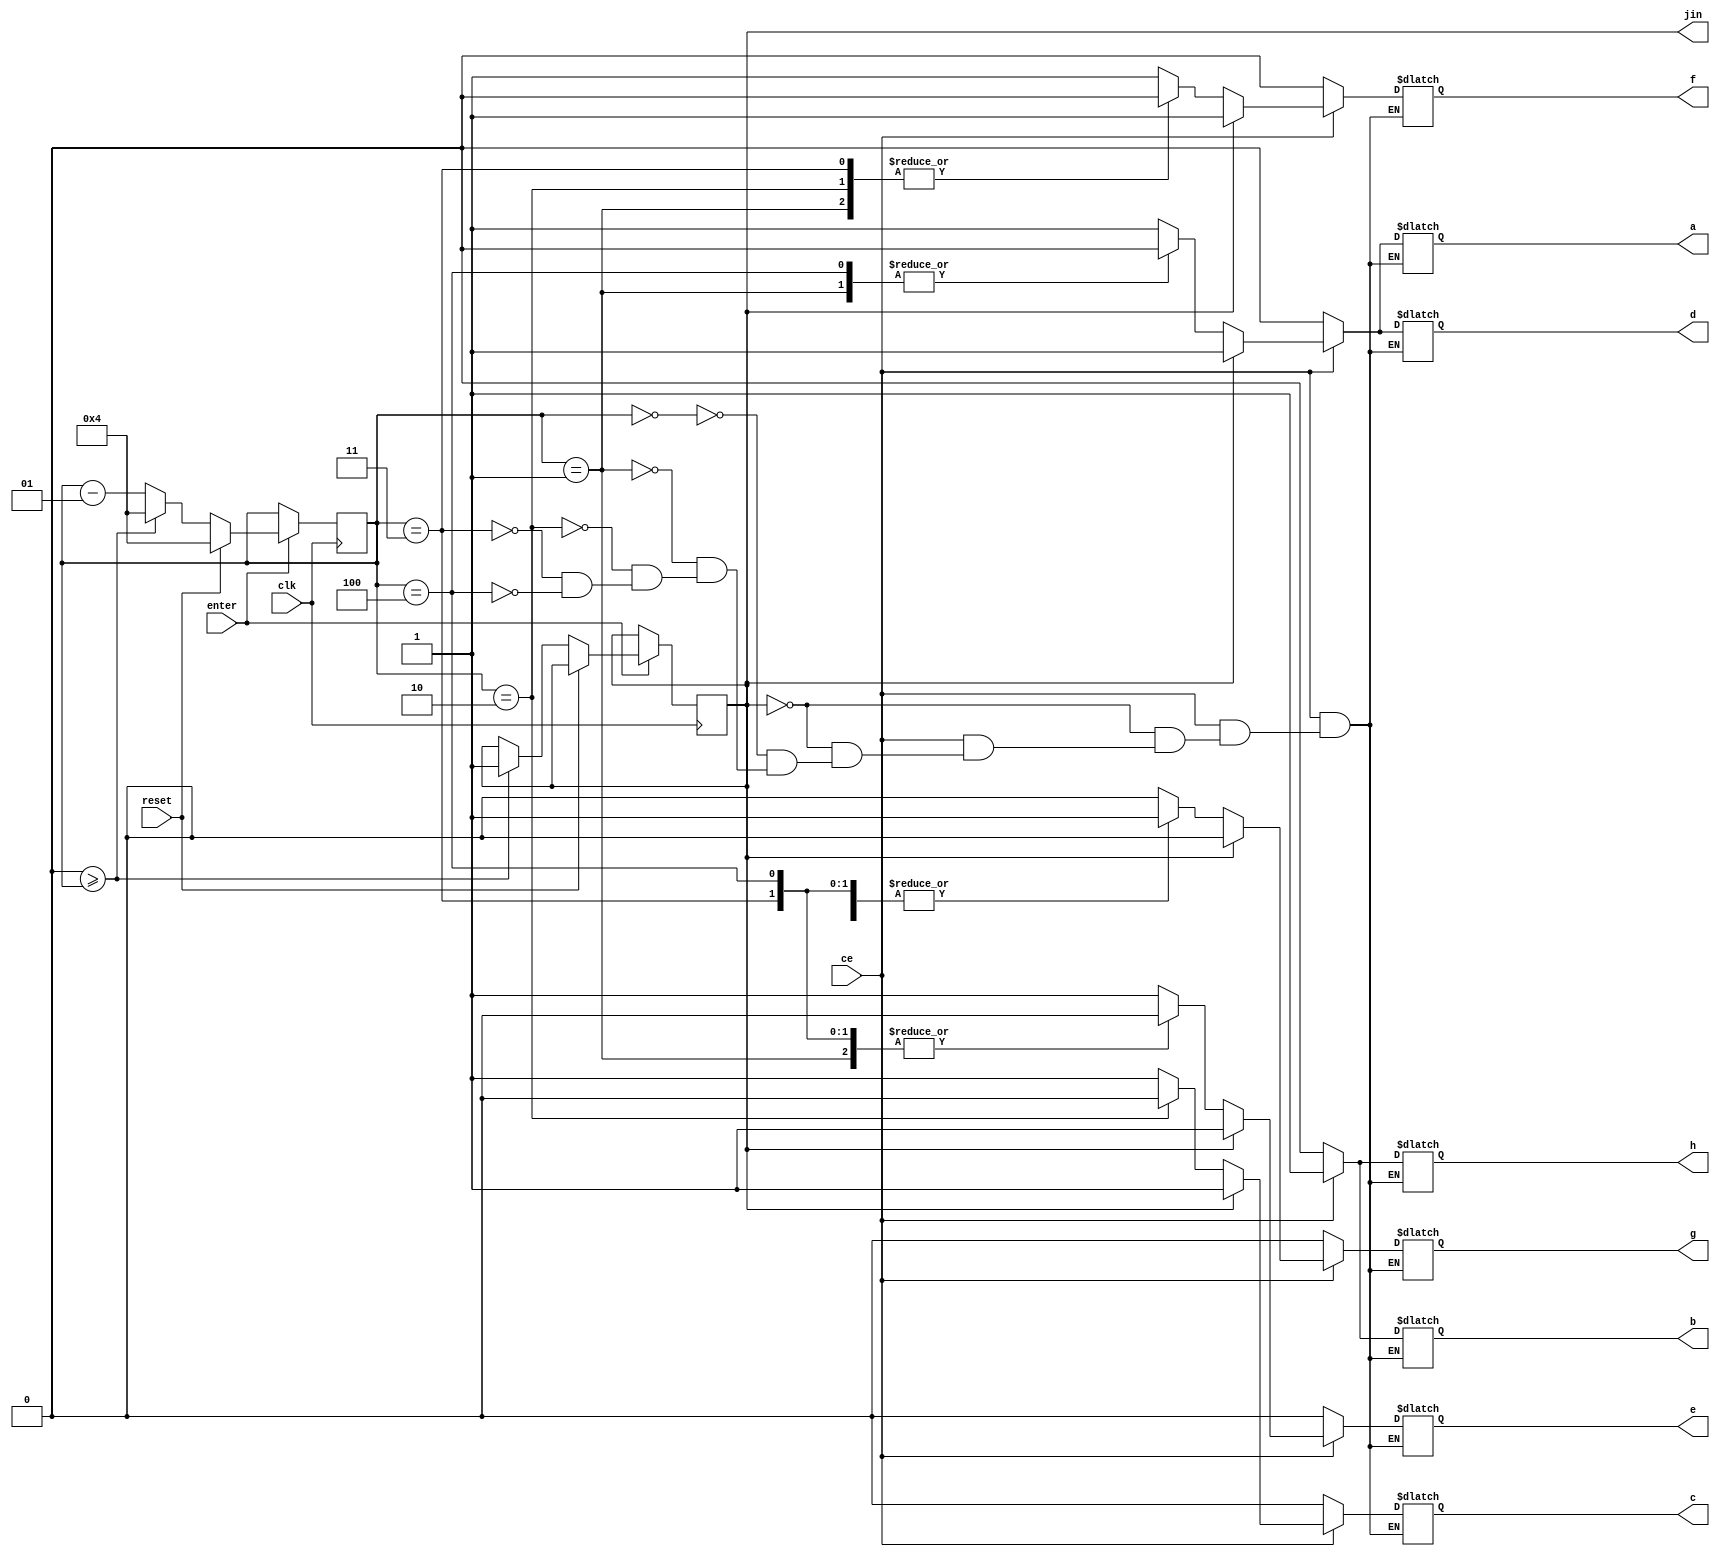
module clock_5(
    input ce,
    input clk,
    input reset,
    input enter,
    output reg a,
    output reg b,
    output reg c,
    output reg d,
    output reg e,
    output reg f,
    output reg g,
    output reg h,
   output jin
    );
    integer Q = 4; 
     reg jin=0;
    always @ (posedge clk)

    begin
     if(enter==1)
        begin
            if(reset)
                begin
                Q<=4;
                end
            else
            begin 
                if(0>=Q)
                    begin
                   jin<=1;
                    Q<=4;

                    end
                else
                    begin
                    Q <= Q-1;
                    end
            end
        end
   end    
        always@(*)
        begin
           if (ce)
           begin
              if(jin)   begin {a,b,c,d,e,f,g,h} = 8'b11111101; end
              else
              begin
              case(Q)
              0: begin {a,b,c,d,e,f,g,h} = 8'b11111101; end
              1: begin {a,b,c,d,e,f,g,h} = 8'b01100001; end
              2: begin {a,b,c,d,e,f,g,h} = 8'b11011011; end
              3: begin {a,b,c,d,e,f,g,h} = 8'b11110011; end
              4: begin {a,b,c,d,e,f,g,h} = 8'b01100111; end
              endcase
              end
            end
            else
                begin
                {a,b,c,d,e,f,g,h} = 8'b00000000;
                end
           end
    
endmodule